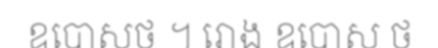
ឧបោសថ ។ រោង ឧបោស ថ